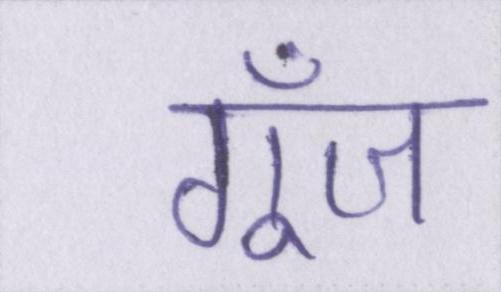
गूँज